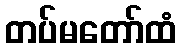
တပ်မတော်ထံ